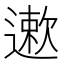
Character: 遬